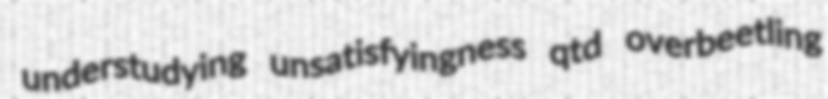
understudying unsatisfyingness qtd overbeetling